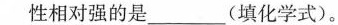
性相对强的是_____(填化学式)。